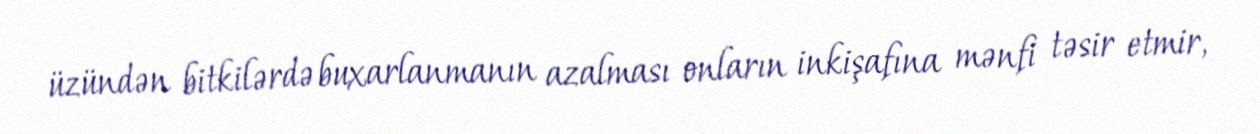
üzündən bitkilərdə buxarlanmanın azalması onların inkişafına mənfi təsir etmir,